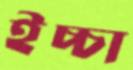
ইচ্চা